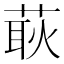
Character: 𦵸